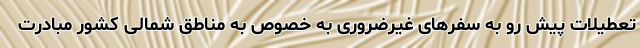
تعطیلات پیش رو به سفر‌های غیرضروری به خصوص به مناطق شمالی کشور مبادرت